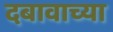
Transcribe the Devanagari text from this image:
दबावाच्या